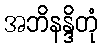
အဘိနန္ဒိတုံ